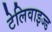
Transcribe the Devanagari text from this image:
टेलिवाइज्ड